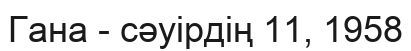
Гана - сәуірдің 11, 1958